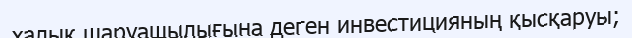
халық шаруашылығына деген инвестицияның қысқаруы;